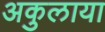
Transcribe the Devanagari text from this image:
अकुलाया